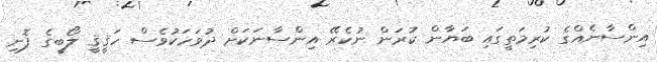
އިންސާނެއްގެ ކުރިމަތީގައި ބަޔާން ކުރަން ނުކެރޭ އިންސާނަކަށް ދުވަހަކުވެސް ހަޤީޤީ ލޯބީގެ ފޮނި